Leaving Certificate Examination (including Day School Certificate (Higher) General paper), 1939
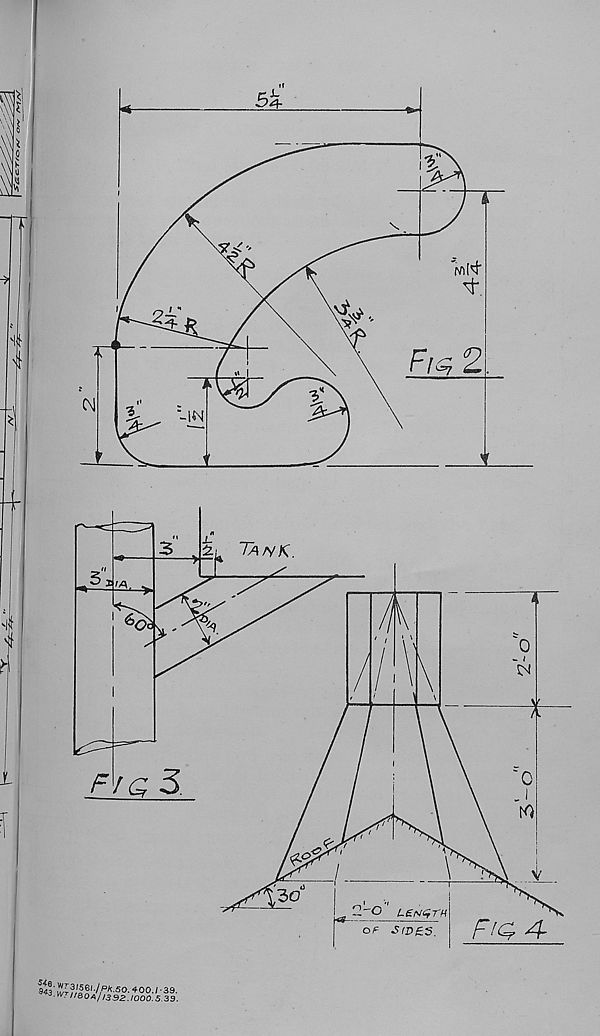
Q43' Sr?/|®'-4 P^- 50.400./ -39.
3-W. II&0A/1332.1000.5.39.